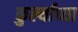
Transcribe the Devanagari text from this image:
कुर्ल्याच्या